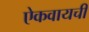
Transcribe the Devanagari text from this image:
ऐकवायची